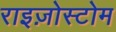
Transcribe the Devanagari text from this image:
राइज़ोस्टोम